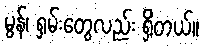
မွန်၊ ရှမ်းတွေလည်း ရှိတယ်။